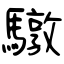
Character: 驐